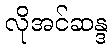
လိုအင်ဆန္ဒ